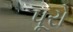
પૂરો